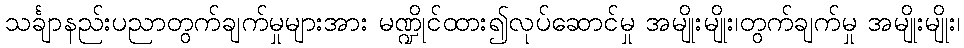
သင်္ချာနည်းပညာတွက်ချက်မှုများအား မဏ္ဍိုင်ထား၍လုပ်ဆောင်မှု အမျိုးမျိုး၊တွက်ချက်မှု အမျိုးမျိုး၊